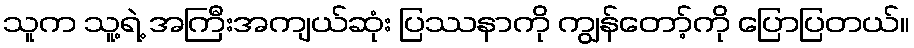
သူက သူ့ရဲ့ အကြီးအကျယ်ဆုံး ပြဿနာကို ကျွန်တော့်ကို ပြောပြတယ်။